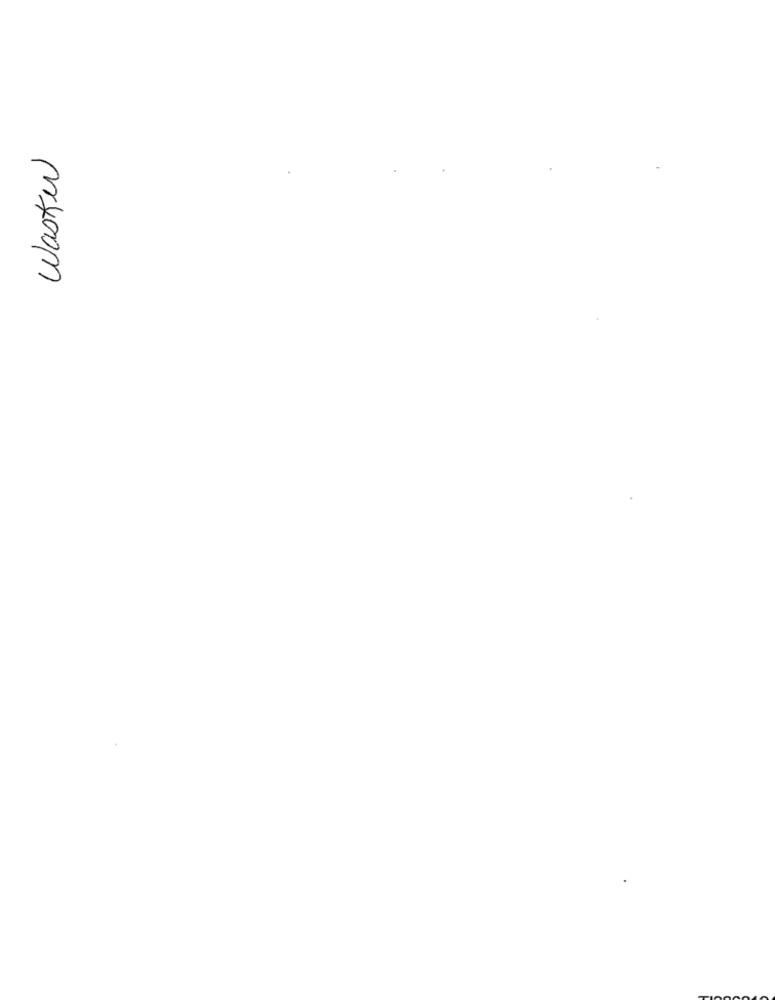
Wasker